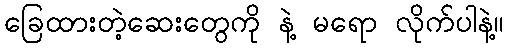
ခြေထားတဲ့ဆေးတွေကို နဲ့ မရော လိုက်ပါနဲ့။